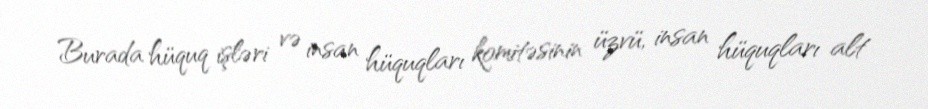
Burada hüquq işləri və insan hüquqları komitəsinin üzvü, insan hüquqları alt